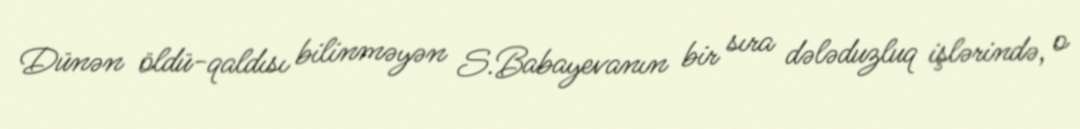
Dünən öldü-qaldısı bilinməyən S.Babayevanın bir sıra dələduzluq işlərində, o